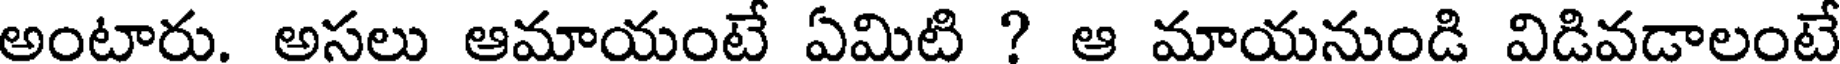
అంటారు. అసలు ఆమాయంటే ఏమిటి ? ఆ మాయనుండి విడివడాలంటే